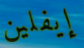
إيفلين